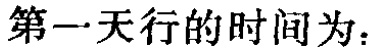
第一天行的时间为：